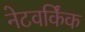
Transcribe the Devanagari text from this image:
नेटवर्किंक